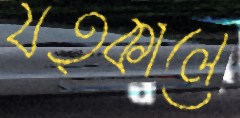
যত্কালে